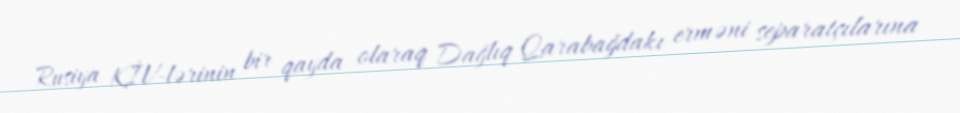
Rusiya KİV-lərinin bir qayda olaraq Dağlıq Qarabağdakı erməni separatçılarına